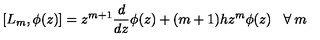
\left[ L _ { m } , \phi ( z ) \right] = z ^ { m + 1 } \frac { d } { d z } \phi ( z ) + ( m + 1 ) h z ^ { m } \phi ( z ) \: \: \: \: \forall \: m